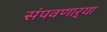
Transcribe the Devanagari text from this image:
संपवणाऱ्या